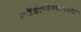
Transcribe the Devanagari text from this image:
कोंढाणेश्वराच्या